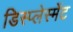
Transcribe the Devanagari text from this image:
डिस्प्लेस्मेंट